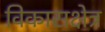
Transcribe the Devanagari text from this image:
विकासक्षेत्र